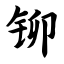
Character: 铆